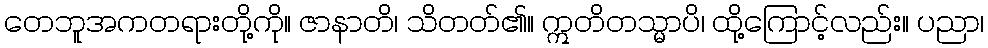
တေဘူအကတရားတို့ကို။ ဇာနာတိ၊ သိတတ်၏။ ဣတိတသ္မာပိ၊ ထို့ကြောင့်လည်း။ ပညာ၊